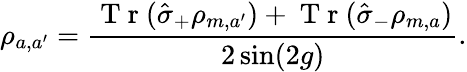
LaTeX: \rho_{a,a^{\prime}}=\frac{\mathrm{~T~r~}(\hat{\sigma}_{+}\rho_{m,a^{\prime}})+\mathrm{~T~r~}(\hat{\sigma}_{-}\rho_{m,a})}{2\sin(2g)}.